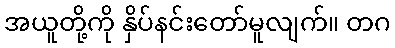
အယူတို့ကို နှိပ်နင်းတော်မူလျက်။ တဂ